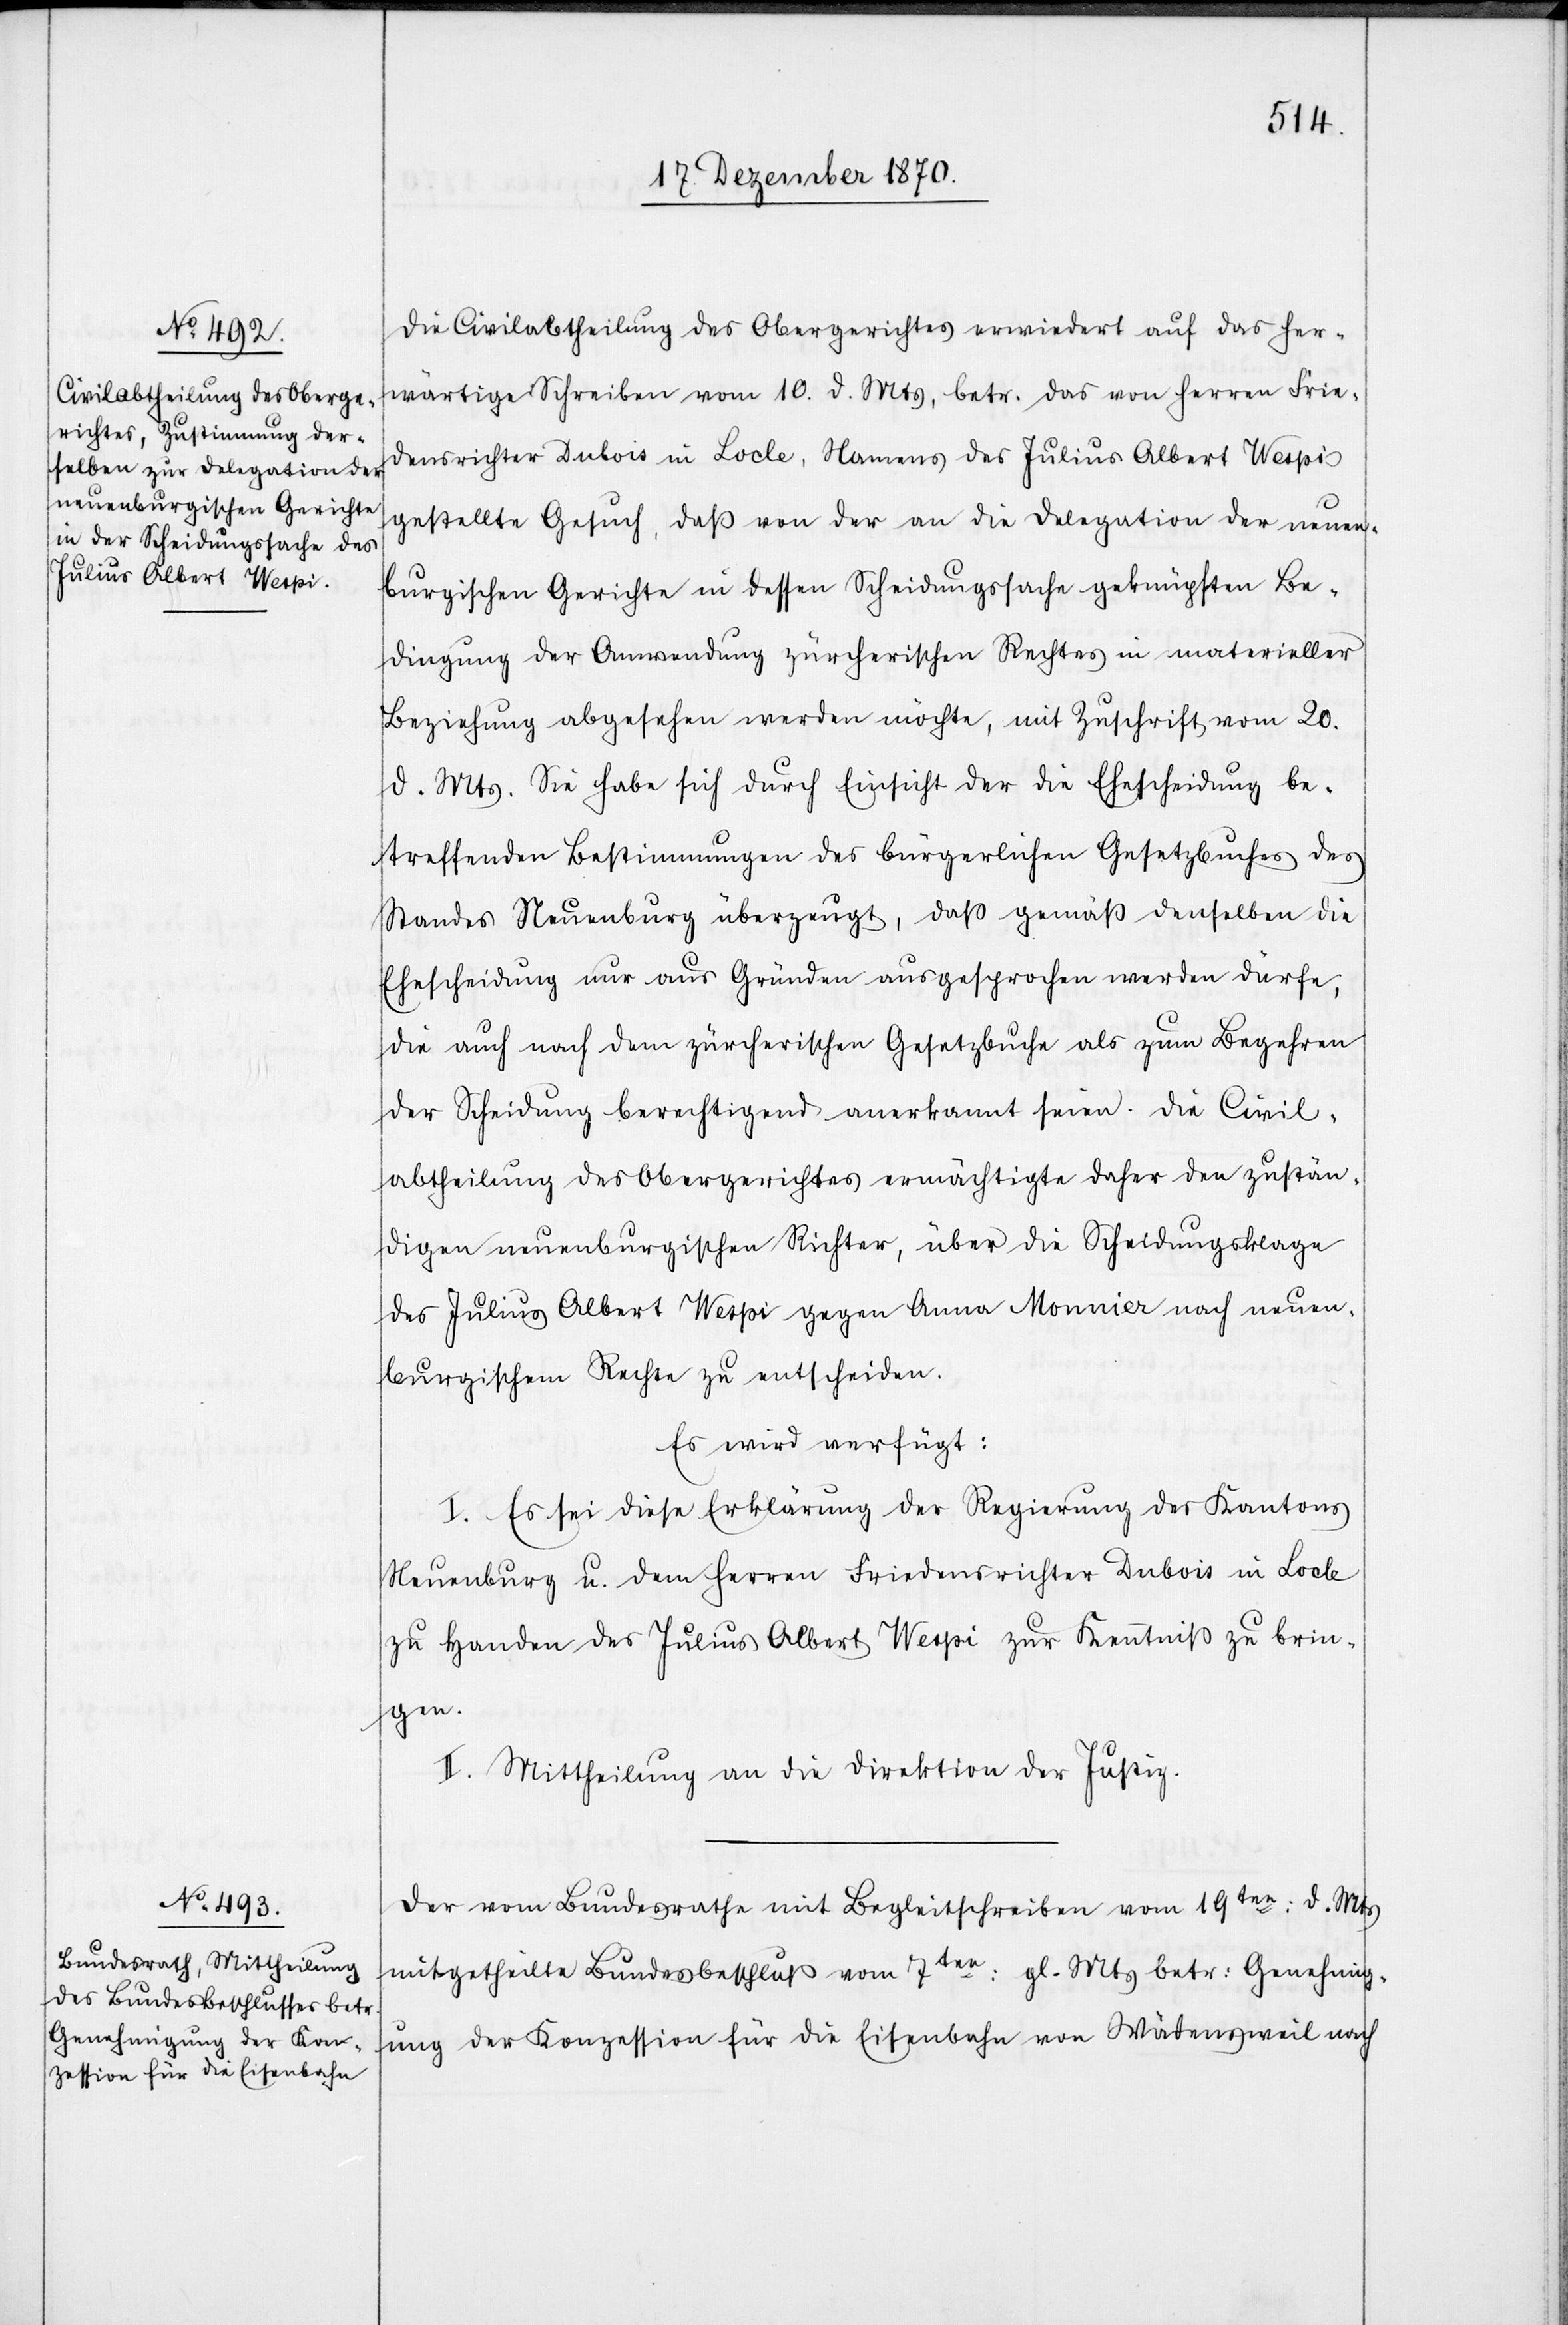
Die Civilabtheilung des Obergerichtes erwiedert auf das her¬
wärtige Schreiben vom 10. d. Mts, betr. das von Herren Frie¬
densrichter Dubois in Locle, Namens des Julius Albert Wespi
gestellte Gesuch, daß von der an die Delegation der neuen¬
burgischen Gerichte in dessen Scheidungssache geknüpften Be¬
dingung der Anwendung zürcherischen Rechtes in materieller
Beziehung abgesehen werden möchte, mit Zuschrift vom 20.
d. Mts. Sie habe sich durch Einsicht der die Ehescheidung be¬
treffenden Bestimmungen des bürgerlichen Gesetzbuches des
Standes Neuenburg überzeugt, daß gemäß denselben die
Ehescheidung nur aus Gründen ausgesprochen werden dürfe,
die auch nach dem zürcherischen Gesetzbuche als zum Begehren
der Scheidung berechtigend anerkannt seien. Die Civil¬
abtheilung des Obergerichtes ermächtigte daher den zustän¬
digen neuenburgischen Richter, über die Scheidungsklage
des Julius Albert Wespi gegen Anna Monnier nach neuen¬
burgischem Rechte zu entscheiden.
Es wird verfügt:
I. Es sei diese Erklärung der Regierung des Kantons
Neuenburg u. dem Herren Friedensrichter Dubois in Locle
zu Handen des Julius Albert Wespi zur Kenntniß zu brin¬
gen.
II. Mittheilung an die Direktion der Justiz.
Der vom Bundesrathe mit Begleitschreiben vom 19ten: d. Mts
mitgetheilte Bundesbeschluß vom 7ten: gl. Mts betr: Genehmig¬
ung der Konzession für die Eisenbahn von Wädensweil nach